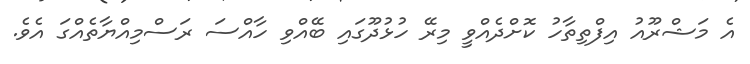
އެ މަޝްރޫއު އިފްތިތާހު ކޮށްދެއްވީ މިރޭ ހުޅުދޫގައި ބޭއްވި ހާއްސަ ރަސްމިއްޔާތެއްގަ އެވެ.